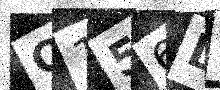
Text: Q156DO